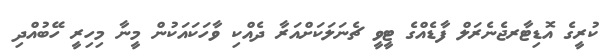
ކުރީގެ އޮޑިޓާރޖެނެރަލް ފާޑެއްގެ ޓީވީ ޗެނަލަކަށްއަރާ ދެއްކި ވާހަކައަކުން މީނާ މިހިރީ ހޭބުއްދި